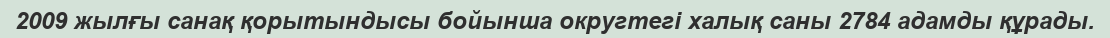
2009 жылғы санақ қорытындысы бойынша округтегі халық саны 2784 адамды құрады.